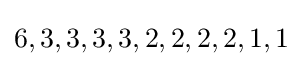
6,3,3,3,3,2,2,2,2,1,1